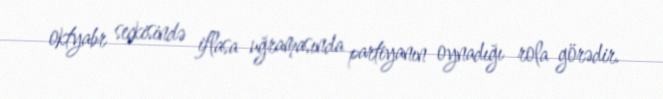
oktyabr seçkisində iflasa uğramasında partiyanın oynadığı rola görədir.